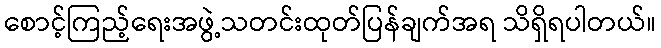
စောင့်ကြည့်ရေးအဖွဲ့သတင်းထုတ်ပြန်ချက်အရ သိရှိရပါတယ်။